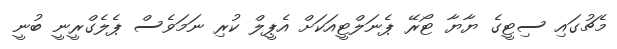
މެޗުގައި ސިޓީގެ ޔާޔާ ޓޯރޭ ޕެނަލްޓީއަކަށް އެޕީލް ކުރި ނަމަވެސް ޕެލެގްރީނީ ބުނީ